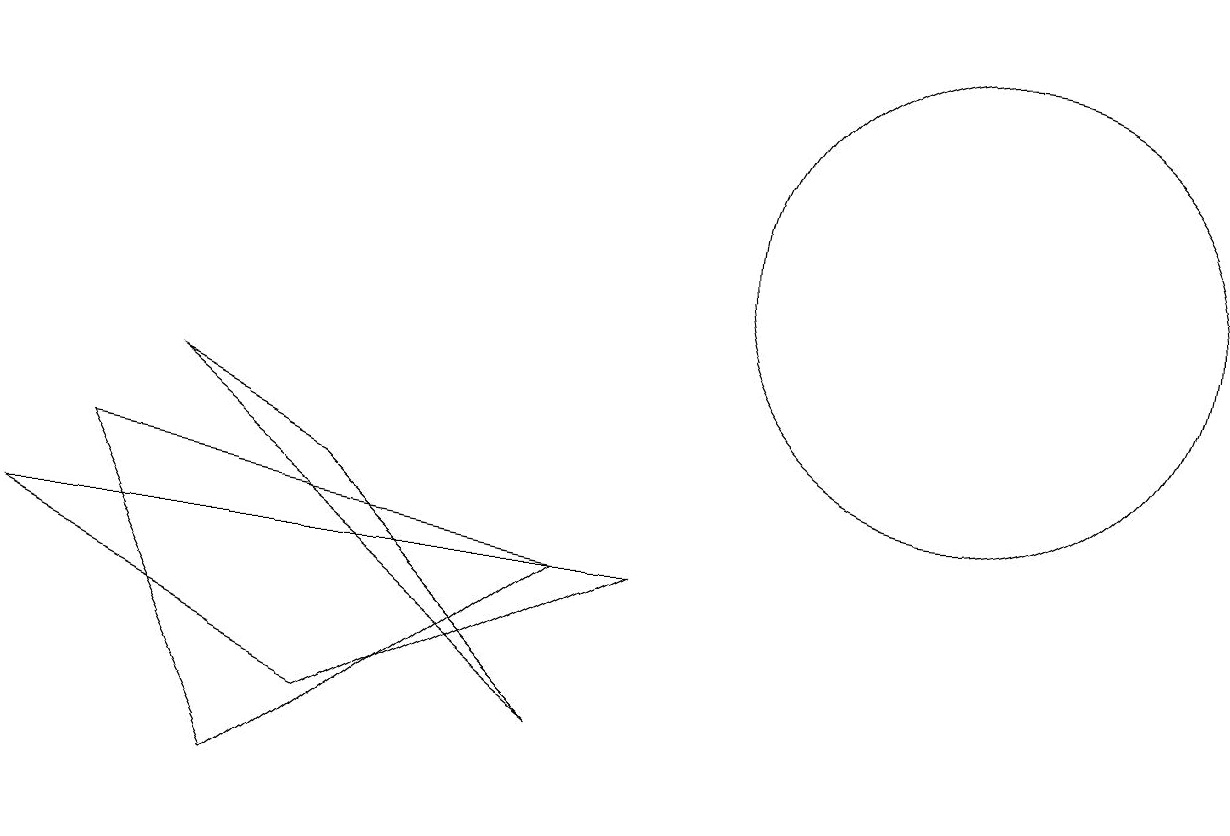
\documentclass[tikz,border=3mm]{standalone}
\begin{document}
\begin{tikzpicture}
\draw (12,11) circle (3);
\draw (0,7) -- (4,5) -- (8,7) -- cycle;
\draw (7,7) -- (1,8) -- (3,4) -- cycle;
\draw (7,5) -- (2,9) -- (4,8) -- cycle;
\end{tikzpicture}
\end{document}